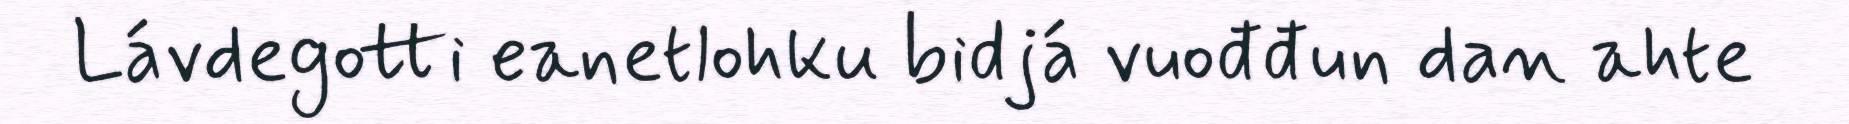
Lávdegotti eanetlohku bidjá vuođđun dan ahte